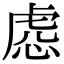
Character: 𧆹